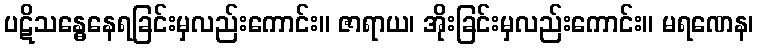
ပဋိသန္ဓေနေရခြင်းမှလည်းကောင်း။ ဇာရာယ၊ အိုးခြင်းမှလည်းကောင်း။ မရဏေန၊